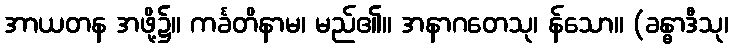
အာယတန အဖို့၌။ ကင်္ခတိနာမ၊ မည်၏။ အနာဂတေသု၊ န်သော။ (ခန္ဓာဒီသု၊